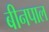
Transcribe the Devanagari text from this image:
बीनपाल